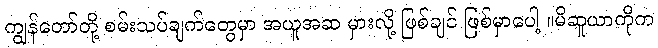
ကျွန်တော်တို့ စမ်းသပ်ချက်တွေမှာ အယူအဆ မှားလို့ ဖြစ်ချင် ဖြစ်မှာပေါ့ ။မိဆူယာကိုက